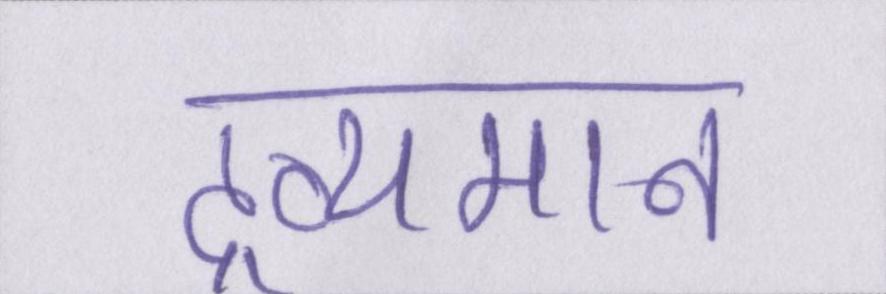
द्रव्यमान